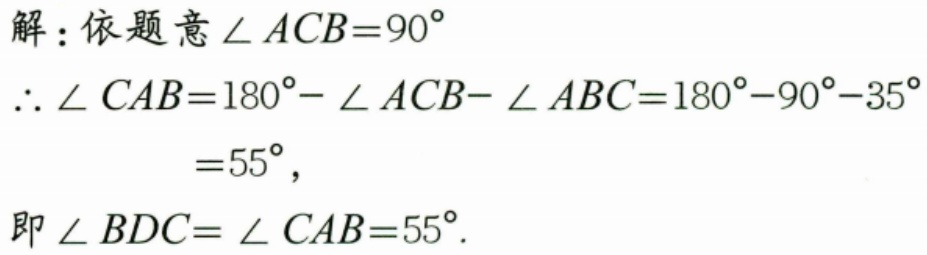
解：依题意\(\angle ACB = 90^{\circ}\)
\(\therefore\angle CAB=180^{\circ}-\angle ACB - \angle ABC=180^{\circ}-90^{\circ}-35^{\circ}\)
\(=55^{\circ}\),
即\(\angle BDC=\angle CAB = 55^{\circ}\).